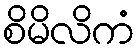
စိမိလိကံ